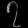
Digit: ၇